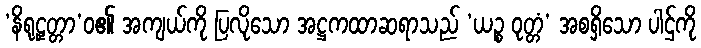
‘နိရုဠှတ္တာ’ဝ၏ အကျယ်ကို ပြလိုသော အဋ္ဌကထာဆရာသည် ‘ယဉ္စ ဝုတ္တံ’ အစရှိသော ပါဌ်ကို